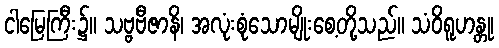
ငါမြေကြီး၌။ သဗ္ဗဗီဇာနိ၊ အလုံးစုံသောမျိုးစေ့တို့သည်။ သံဝိရူဟန္တု၊